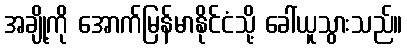
အချို့ကို အောက်မြန်မာနိုင်ငံသို့ ခေါ်ယူသွားသည်။